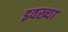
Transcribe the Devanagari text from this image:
इवख्या